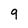
Character: 9